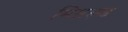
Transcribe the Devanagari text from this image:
मिसरूड